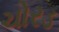
ચોરડ